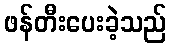
ဖန်တီးပေးခဲ့သည်